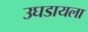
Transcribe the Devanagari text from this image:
उघडायला